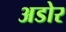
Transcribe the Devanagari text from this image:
अडोर